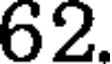
62.